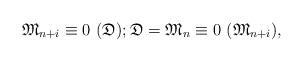
LaTeX: \begin{align*}\mathfrak{M}_{n+i} \equiv 0\ (\mathfrak{D}); \mathfrak{D} = \mathfrak{M}_{n} \equiv 0\ (\mathfrak{M}_{n+i}),\end{align*}